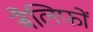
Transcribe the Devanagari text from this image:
बैलिफों